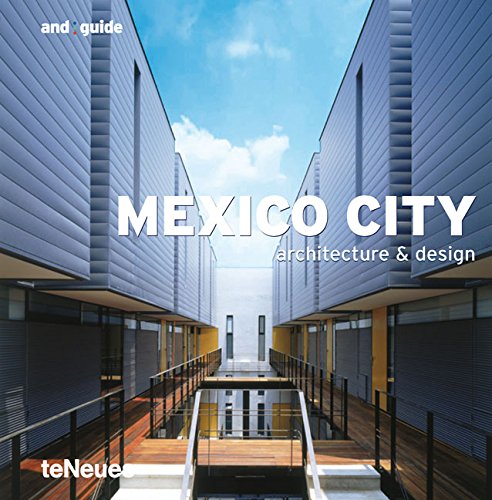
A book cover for Mexico City and guide (And Guides); Travel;